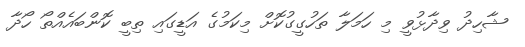
ޝާހިދު ވިދާޅުވީ މި ހަމަލާ ތަހުގީގުކޮށް މިކަމުގެ އަޑީގައި ތިބީ ކޮންބައެއްތޯ ހޯދާ